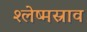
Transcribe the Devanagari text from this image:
श्लेष्मस्राव